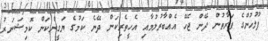
ފުލުހުންގެ ފަރާތުން ދޭން ޖެހޭ އެއްބާރުލުމާއި އެހީތެރިކަން ދޭނެ ކަމުގެ ޔަގީންކަން ކޮމިޝަނަރު